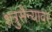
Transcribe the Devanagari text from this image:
शत्रुसैन्यावर